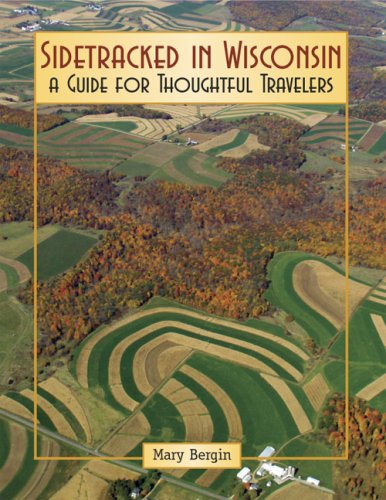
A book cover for Sidetracked in Wisconsin: A Guide for Thoughtful Travelers; Mary Bergin; Travel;